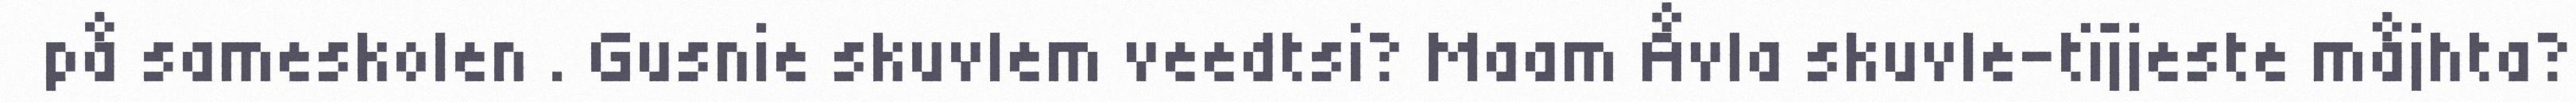
på sameskolen . Gusnie skuvlem veedtsi? Maam Åvla skuvle-tïjjeste måjhta?